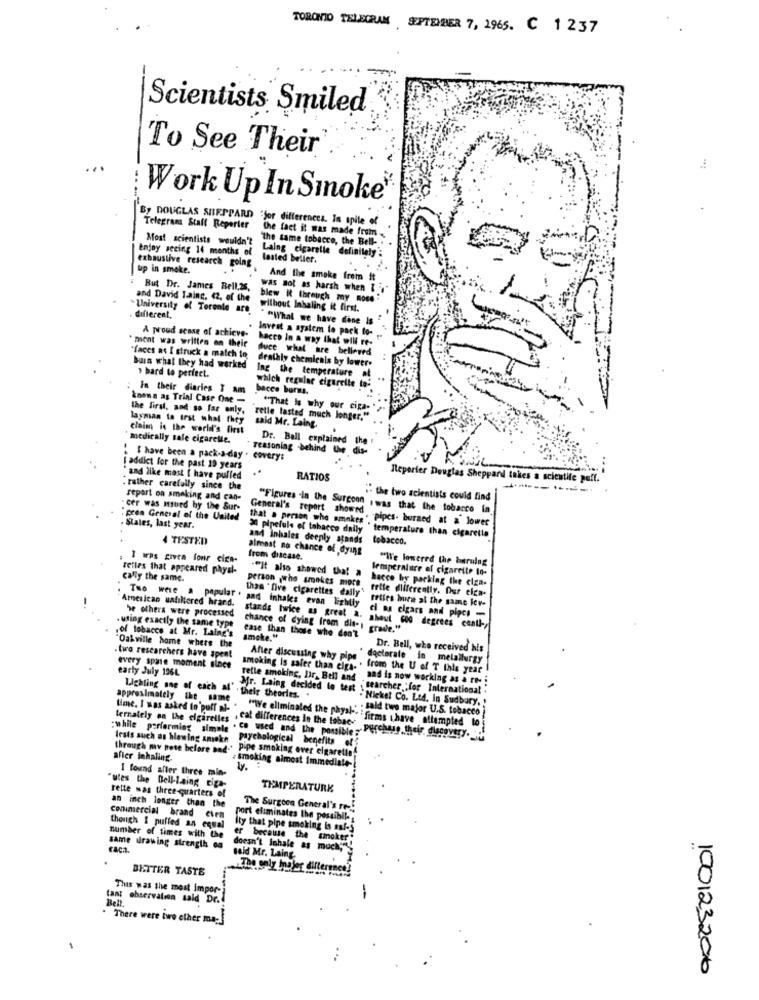
TORONTO TELEGRAM SEPTEMBER 7, 1965. C 1 237
Scientists Smiled
To See Their
Work Up In Smoke
By DOUGLAS SHEPPARD "Jor differences. In spite of
Telegram Stall Reporter
the fact it was made from
Most scientists wouldn't
"The same tobacco, the Bell- .
Enjoy seeing 14 months of
Laing elgarelle definitely :
lasted beller.
exhaustive research going
up in smoke.
And the smoke frem it
But Dr. James Bell,25,
was not as harsh when i "
and David Lainc. 42, of the
blew it through my more "
University of Toronto are
without Inhaling it first.
. different,
* "What we have done Is
A proud scase of achicve-
Invest a system to pack to-
" ment was written on their
hacco in a way that will re-
duce what are believed
"faces as I struck a match in
buis what they had worked
» bard to perfect.
deathly chemienis by lower.
Ing the temperature al
In their diaries I am
bacce burns.
which regulae cigarette to:
known as Trini Case One -
the first, and so far only.
"That Is why our ciga-
layman to irst what they
retle lasted much longer."
said Mr. Laing.
claim is the world's first
medically sale cigarelle.
Dr. Ball explained the
reasoning behind the dis-
: I have been a pack-a-day . covery:
addict for the past 10 years
and like most [ have puffed
RATIOS
Reporter Douglas Sheppard takes a scientife
. rather carefully since the
repart on smoking and can-
.- the two scientists could find
"cer was issued by the Sur-
General's report showed
"Figures -in the Surgeon . was that the tobacco in
pren General of the United
that a person who sminkes. "Pipes. burned at a lower
States, last year.
30 pipefuls of tabacco daily
4 TESTED
and inhales deeply stands
tobacco.
"temperature than cigarette
almost no chance of dying
.
I was civea fonr cice-
from discase.
"We lowered the burning
reiles that appeared physl-
temperature of cigarette In-
cally the same.
person who smokes more
""It also showed that a
hacce boy parking the ciza-
than " five cigarettes daily
tette differently. Dur cien-
Two were a popular . and inhales evon lightly
American unfiltered hrand.
rettes hure al the same Iev-
he others were processed
di aus cigars and pipes -
.of tobacco at Mr. Laing's
. using exactly the same type
stands twice as great a. ahaut 600 degrees conll -,
chance of dying from dis- grade."
smoke."
ease than those who don't
"Oakville home where the
Dr. Bell, who received his
.two researchers have spent
After discussing why pipe
doctorale in metallurgy
every spare moment since
early July 136L.
from the U of T Ihis year
refle smoking, Bir, Bell and
and is now working as a re- i
Lighting one of each af'.
Mr. Laing decided to test
searcher "for International .
approximately the same
their theories ..
Nickel Co. Ltd. In Sudbury,
lime. I was asked to puff al-
. : sald two major U.S. tobacco ]
lernately on the elgarelles . cal differences In the tabac-
"We eliminaled the physi. " firms have attempted to
:while performing simple . co used and the possible . Perche9. their desquery. ..
lesis such as hlewing amokn
Psychological benefits of
through my pose before and. Pipe smoking over cigarette!
after Inhaling.
.Smoking almost immediate-
I found after three min-
"utes the Dell-Laing ciza-
TEMPERATURE
rette mas three-quarters of
an inch longer than the
The Surgeon General's re-
Commercial brand Cien
port eliminates the possibli-
though I puffed an equal
Ity that pipe smoking is safes
er
Timber of times with the
because the smoker"
same drawing strength on
Faca.
doesn't Inhale as much;"
said Mr. Laing
BETTER TASTE
The only Inajer difference?
This was the most impor-
tant observation said Dr.
. There were iwe ether ma-
100123200